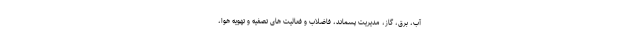
آب، برق، گاز، مدیریت پسماند، فاضلاب و فعالیت های تصفیه و تهویه هوا،